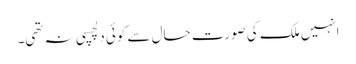
انہیں ملک کی صورت حال سے کوئی دلچسپی نہ تھی۔